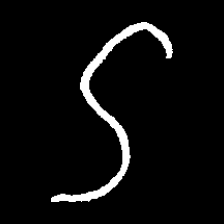
Pyu character \u2014 Myanmar letter: ဌ (romanized: ttha)